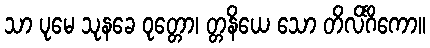
သာ ပုမေ သုနခေ ဝုတ္တော၊ တ္တနိယေ သော တိလိင်္ဂိကော။